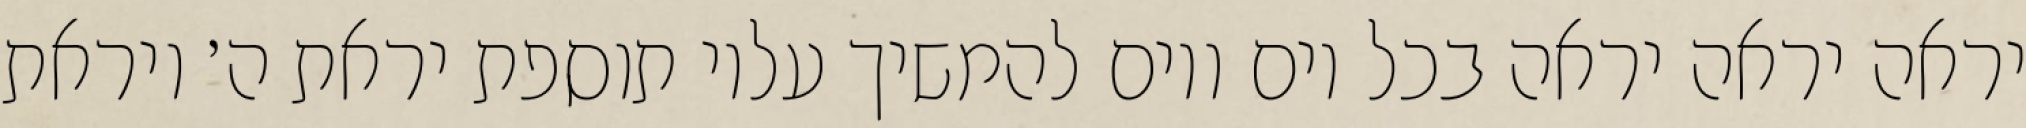
יראה יראה יראה בכל יום ויום להמשיך עליו תוספת יראת ה׳ ויראת